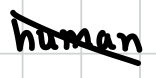
Text: human
Cross-out: diagonal
Writing tool: digital_black